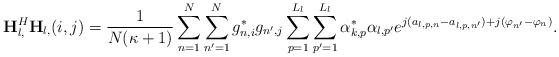
LaTeX: \begin{align*}\mathbf{H}^H_{l,} \mathbf{H}_{l,}(i,j) = \frac{1}{N(\kappa+1)} \sum_{n=1}^N \sum_{n'=1}^N g_{n,i}^* g_{n',j} \sum_{p=1}^{L_l} \sum_{p'=1}^{L_l} \alpha_{k,p}^* \alpha_{l,p'}e^{j(a_{l,p,n}-a_{l,p,n'})+j(\varphi_{n'}-\varphi_n)}.\end{align*}